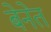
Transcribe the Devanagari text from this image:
बेनेत